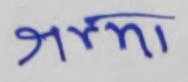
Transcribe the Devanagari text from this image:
जर्मा